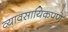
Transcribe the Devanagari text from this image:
व्यावसायिकपणे